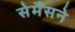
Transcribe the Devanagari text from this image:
सेमैंसने